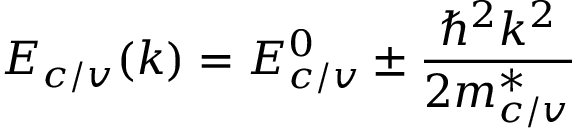
E _ { c / v } ( k ) = E _ { c / v } ^ { 0 } \pm \frac { \hbar ^ { 2 } k ^ { 2 } } { 2 m _ { c / v } ^ { * } }